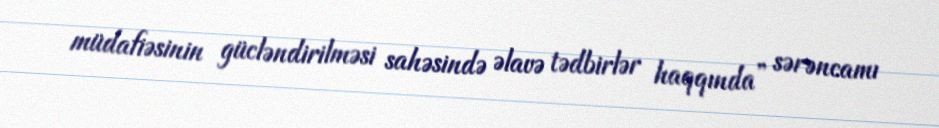
müdafiəsinin gücləndirilməsi sahəsində əlavə tədbirlər haqqında” sərəncamı